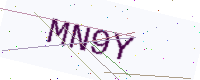
Text: MN9Y